Leprosy in India: report of the Leprosy Commission in India, 1890-91
Year: 1890
Disease focus: Leprosy
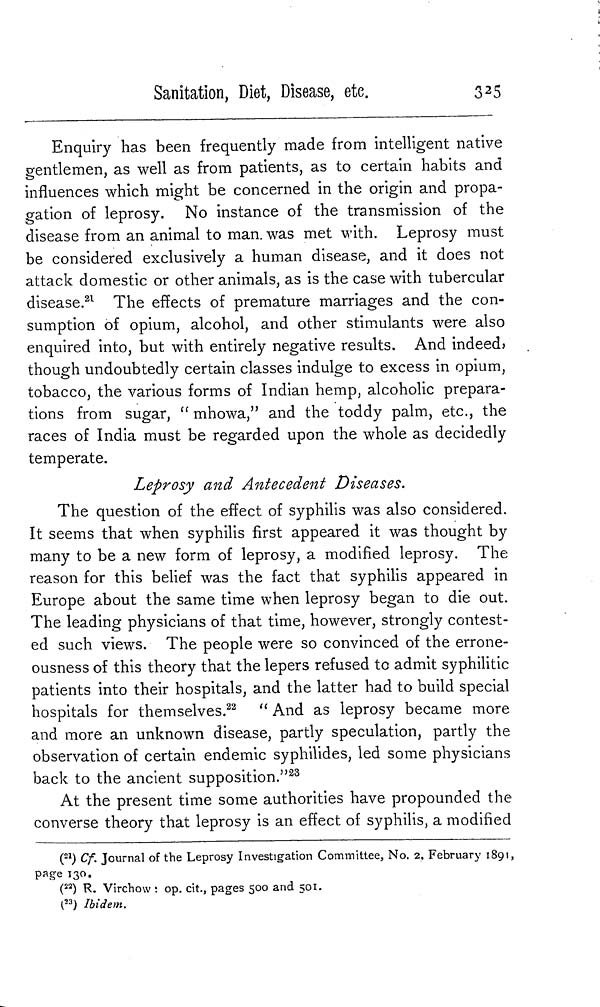
Sanitation, Diet, Disease, etc.
325
Enquiry has been frequently made from intelligent native
gentlemen, as well as from patients, as to certain habits and
influences which might be concerned in the origin and propa-
gation of leprosy. No instance of the transmission of the
disease from an animal to man. was met with. Leprosy must
be considered exclusively a human disease, and it does not
attack domestic or other animals, as is the case with tubercular
disease. 21 The effects of premature marriages and the con-
sumption of opium, alcohol, and other stimulants were also
enquired into, but with entirely negative results. And indeed»
though undoubtedly certain classes indulge to excess in opium,
tobacco, the various forms of Indian hemp, alcoholic prepara-
tions from sugar, " mhowa," and the toddy palm, etc., the
races of India must be regarded upon the whole as decidedly
temperate.
Leprosy and Antecedent Diseases.
The question of the effect of syphilis was also considered.
It seems that when syphilis first appeared it was thought by
many to be a new form of leprosy, a modified leprosy. The
reason for this belief was the fact that syphilis appeared in
Europe about the same time when leprosy began to die out.
The leading physicians of that time, however, strongly contest-
ed such views. The people were so convinced of the errone-
ousness of this theory that the lepers refused to admit syphilitic
patients into their hospitals, and the latter had to build special
hospitals for themselves. 22 " And as leprosy became more
and more an unknown disease, partly speculation, partly the
observation of certain endemic syphilides, led some physicians
back to the ancient supposition." 23
At the present time some authorities have propounded the
converse theory that leprosy is an effect of syphilis, a modified
( 21 ) Cf. Journal of the Leprosy Investigation Committee, No. 2. February 1891,
page 130.
( 22 ) R. Virchow : op. cit., pages 500 and 501.
( 23 ) Ibidem.